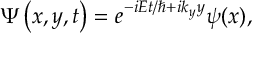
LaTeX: \Psi \left( x , y , t \right) = e ^ { - i E t / \hbar + i k _ { y } y } \psi ( x ) ,